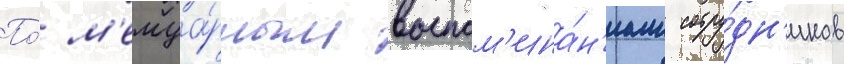
По́ м'емуа́рным воспом'ина́н'иам сотру́дн'иков